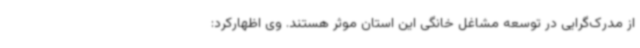
از مدرک‌گرایی در توسعه مشاغل خانگی این استان موثر هستند. وی اظهارکرد: